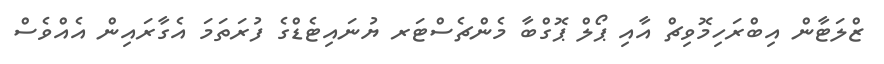
ޒްލަޓާން އިބްރަހިމޮވިޗް އާއި ޕޯލް ޕޮގްބާ މެންޗެސްޓަރ ޔުނައިޓެޑްގެ ފުރަތަމަ އެގާރައިން އެއްވެސް